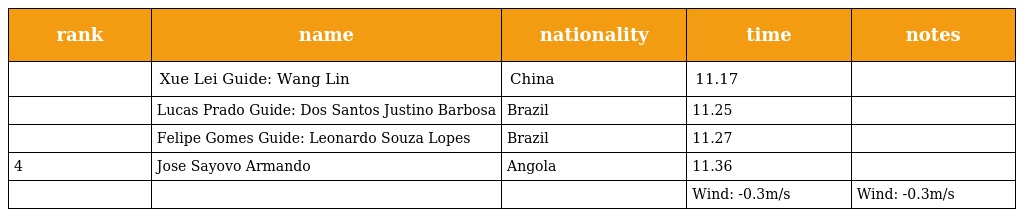
| rank | name | nationality | time | notes |
 | --- | --- | --- | --- | --- |
 |  | Xue Lei Guide: Wang Lin | China | 11.17 |  |
 |  | Lucas Prado Guide: Dos Santos Justino Barbosa | Brazil | 11.25 |  |
 |  | Felipe Gomes Guide: Leonardo Souza Lopes | Brazil | 11.27 |  |
 | 4 | Jose Sayovo Armando | Angola | 11.36 |  |
 |  |  |  | Wind: -0.3m/s | Wind: -0.3m/s |